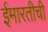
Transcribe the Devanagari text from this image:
ईमारतीची